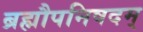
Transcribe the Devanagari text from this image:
ब्रह्मौपनिषदम्